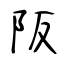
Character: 阪